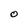
Character: O